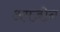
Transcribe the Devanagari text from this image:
अमज़ोन